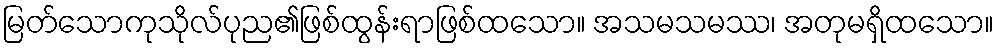
မြတ်သောကုသိုလ်ပုည၏ဖြစ်ထွန်းရာဖြစ်ထသော။ အသမသမဿ၊ အတုမရှိထသော။